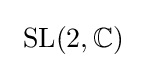
\ \mathrm {SL} (2,\mathbb {C} )\